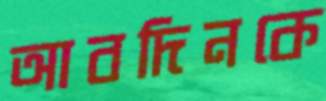
আবদিনকে